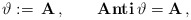
\begin{align*}\vartheta:= \,\mathbf{A} \, ,\qquad\textbf{Anti} \, \vartheta = \mathbf{A} \, ,\end{align*}